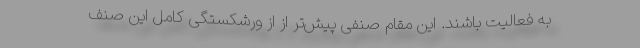
به فعالیت باشند. این مقام صنفی پیش‌تر از از ورشکستگی کامل این صنف